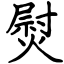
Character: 熨